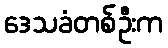
ဒေသခံတစ်ဦးက